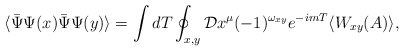
\begin{align*}\langle \bar \Psi \Psi(x) \bar \Psi\Psi (y) \rangle = \int dT\oint_{ x,y}{\cal D} x^\mu (-1)^{ \omega_{x y}}e^{-i m T } \langle W_{xy} (A) \rangle,\end{align*}